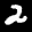
Digit: 2